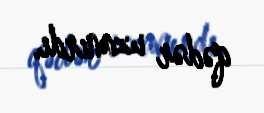
qədər uzanırdı.